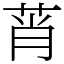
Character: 莦